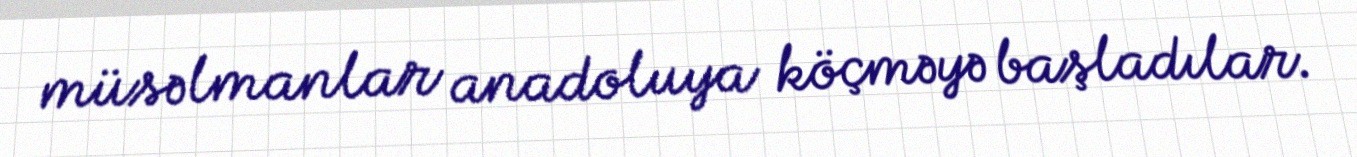
müsəlmanlar anadoluya köçməyə başladılar.